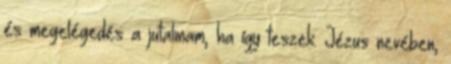
és megelégedés a jutalmam, ha így teszek. Jézus nevében,